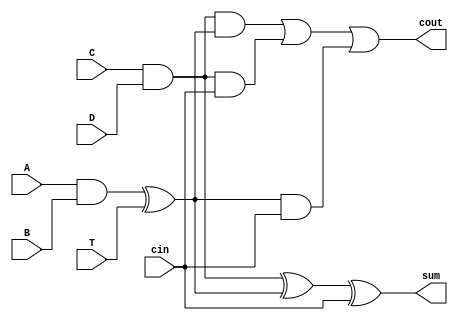
`timescale 1ns / 1ps
//////////////////////////////////////////////////////////////////////////////////
// Company: 
// Engineer: 
// 
// Design Name: 
// Module Name:    two_and_T_FA 
// Project Name: 
// Target Devices: 
// Tool versions: 
// Description: 
//
// Dependencies: 
//
// Revision: 
// Revision 0.01 - File Created
// Additional Comments: 
//
//////////////////////////////////////////////////////////////////////////////////
module two_and_T_FA(input A,B,C,D,T,cin,
    output cout ,sum
    );
wire and1,and2,xor1;
assign and1 = A&B;
assign and2 = C&D;
assign xor1 = and1 ^ T;
assign sum = and2^xor1^cin;
assign cout = (and2 & xor1 ) | (and2 & cin ) | (xor1 & cin);

endmodule